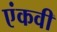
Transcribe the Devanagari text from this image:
एंकवी